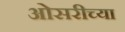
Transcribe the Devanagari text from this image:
ओसरीच्या